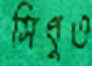
সিধুও